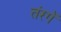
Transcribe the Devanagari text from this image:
तंरगें